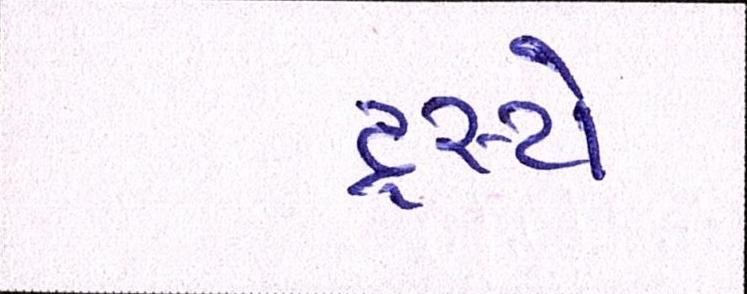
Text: ટ્રસ્ટો